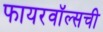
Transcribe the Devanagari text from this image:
फायरवॉल्सची